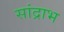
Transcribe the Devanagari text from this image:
सांद्राभ